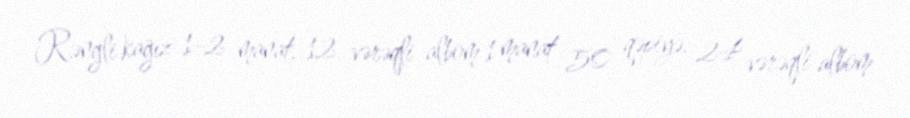
Rəngli kağız 1-2 manat, 12 vərəqli albom 1 manat 50 qəpiyə, 24 vərəqli albom